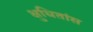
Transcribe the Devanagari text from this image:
क्षुधितांस